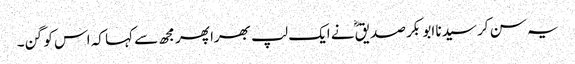
یہ سن کر سیدنا ابو بکر صدیقؓ نے ایک لپ بھرا پھر مجھ سے کہا کہ اس کو گن۔